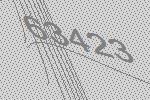
63423